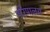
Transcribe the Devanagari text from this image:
परिपालय